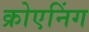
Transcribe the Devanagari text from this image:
क्रोएनिंग